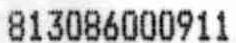
813086000911